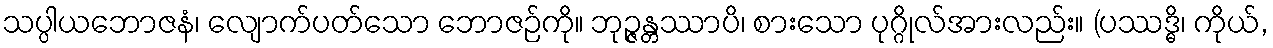
သပ္ပါယဘောဇနံ၊ လျောက်ပတ်သော ဘောဇဉ်ကို။ ဘုဉ္ဇန္တဿာပိ၊ စားသော ပုဂ္ဂိုလ်အားလည်း။ (ပဿဒ္ဓိ၊ ကိုယ်,